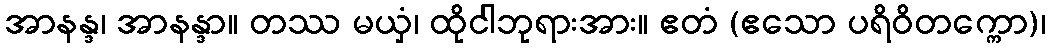
အာနန္ဒ၊ အာနန္ဒာ။ တဿ မယှံ၊ ထိုငါဘုရားအား။ ဧတံ (ဧသော ပရိဝိတက္ကော)၊